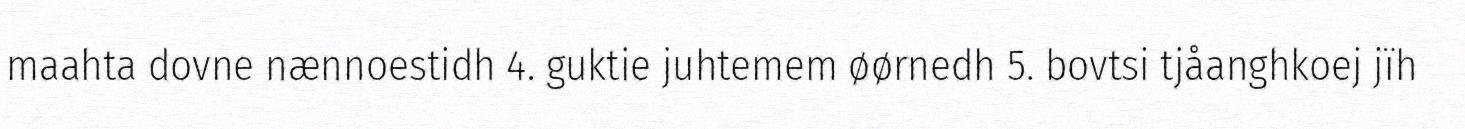
maahta dovne nænnoestidh 4. guktie juhtemem øørnedh 5. bovtsi tjåanghkoej jïh